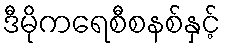
ဒီမိုကရေစီစနစ်နှင့်